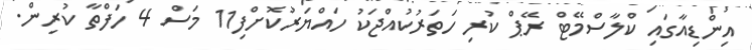
އިންޑިއާގައި ކްލާސްމޭޓް ރޭޕް ކުރި ހަތަރުކުއްޖަކު ހައްޔަރުކޮށްފި11 މަސް 4 ހަފްތާ ކުރިން.